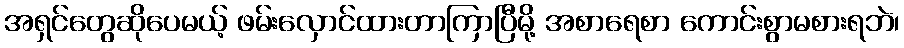
အရှင်တွေဆိုပေမယ့် ဖမ်းလှောင်ထားတာကြာပြီမို့ အစာရေစာ ကောင်းစွာမစားရဘဲ၊